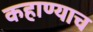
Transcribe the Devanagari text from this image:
कहाण्याच